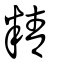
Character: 精